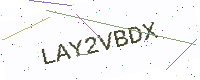
Text: LAY2VBDX